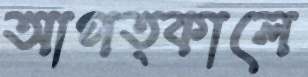
আপত্কালে